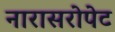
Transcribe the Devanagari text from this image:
नारासरोपेट